Lunatic asylums Bombay report 1878-1890 - 1878-1890
Year: 1878
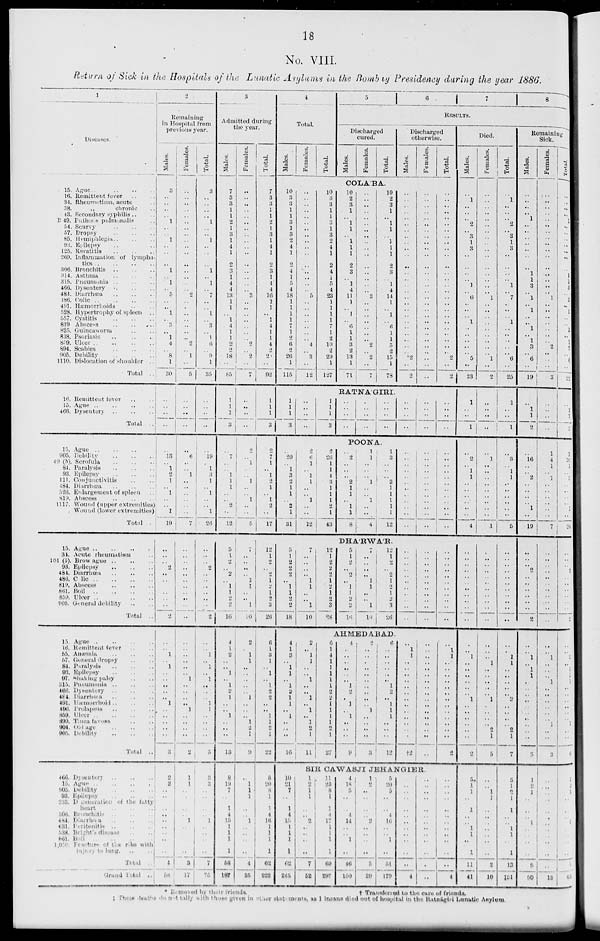
18
No. VIII.
Return of Sick in the Hospitals of the Lunatic Asylums in the Bombay Presidency during the year 1886.
1
Diseases
15. Ague .. .. .. ..
16. Remittent fever .. ..
34. Rheumatism, acute ..
38.
„
chronic ..
43. Secondary syphilis .. ..
B 49. Pnthisis pulmonalis ..
54. Scurvy .. .. ..
57. Dropsy
..
..
..
85. Hemiphlegia .. .. ..
93. Epilepsy .. .. ..
125. Keratitis
..
..
..
209. Inflammation of lympha-
tics .. .. .. ..
306. Bronchitis .. .. ..
314. Asthma
..
..
..
315. Pneumonia .. .. ..
466. Dysentery
..
..
..
484.
Diarrhœa .. .. ..
486. Colic
..
..
..
..
491. Hæmorrhoids .. ..
528. Hypertrophy of spleen ..
557. Cystitis .. .. ..
819 Abscess .. .. ..
825. Guineaworm .. ..
838. Psoriasis
859. Ulcer ..
..
..
..
894. Scabies
..
..
..
905. Debility
..
..
..
1110. Dislocation of shoulder ..
Total ..
16. Remittent fever .. ..
15. Ague .. .. .. ..
466. Dysentery
..
..
..
Total ..
15. Ague .. .. ..
905. Debility
..
..
..
49 (b). Scrofula
..
..
..
84. Paralysis
..
..
..
93. Epilepsy .. .. ..
111. Conjunctivitis .. ..
184. Diarrhœa
..
..
..
520. Enlargement of spleen ..
819. Abscess .. .. ..
1117. Wound (upper extremities)
Wound (lower extremities)
Total ..
15. Ague
..
..
..
..
34. Acute rheumatism ..
101 (b). Brow ague
..
..
..
93. Epilepsy
..
..
..
484.Diarrhœa
..
..
..
486. Colic .. .. .. ..
819. Abscess
..
..
..
861.
Boil
..
..
..
..
859. Ulcer .. .. .. ..
905. General debility .. ..
Total ..
15. Ague
..
..
..
..
16. Remittent fever .. ..
55. Anæmia .. .. ..
57. General dropsy .. ..
84. Paralysis .. .. ..
93. Epilepsy .. .. ..
97. Shaking palsy .. ..
315. Pneumonia .. .. ..
466. Dysentery .. .. ..
484. Diarrhœa .. .. ..
491. Hæmorrhoid .. .. ..
496. Prolapsis .. .. ..
859. Ulcer
..
..
..
890. Tinea favosa .. ..
904. Old age
..
..
..
905. Debility
..
..
..
Total ..
466. Dysentary .. .. ..
15. Ague
..
..
..
..
905. Debility
..
..
..
93. Epilepsy
..
..
..
233. Degeneration of the fatty
heart. .. .. ..
306. Bronchitis .. .. ..
484. Diarrhœa .. .. ..
631. Pertonitis .. .. ..
538. Bright's diseases .. ..
861. Boil .. .. ..
1,050. Fracture of the ribs with
injury to lung. .. ..
Total ..
Grand Total ..
2
Remaining
in Hospital from
previous year.
Males.
3
..
..
..
..
1
..
..
1
..
..
..
1
..
1
..
5
..
..
1
..
3
..
1
4
..
8
1
30
..
..
..
..
..
13
..
1
2
1
..
1
..
..
1
19
..
..
..
2
..
..
..
..
..
..
2
..
..
1
..
1
..
..
..
..
..
1
..
..
..
..
..
3
2
2
..
..
..
..
..
..
..
..
..
1
58
Females.
..
..
..
..
..
..
..
..
..
..
..
..
..
..
..
..
2
..
..
..
..
..
..
..
2
..
1
..
5
..
..
..
..
..
6
..
..
1
..
..
..
..
..
..
7
..
..
..
..
..
..
..
..
..
..
..
..
..
..
..
..
..
1
..
..
..
..
1
..
..
..
..
2
1
1
..
..
..
..
1
..
..
..
..
3
17
Total.
3
..
..
..
..
1
..
..
1
..
..
..
1
..
1
..
7
..
..
1
..
3
..
1
6
..
9
1
35
..
..
..
..
..
19
..
1
3
1
..
1
..
..
1
26
..
..
..
2
..
..
..
..
..
..
2
..
1
1
..
1
..
1
..
..
..
1
1
..
..
..
..
5
3
3
..
..
..
..
1
..
..
..
..
7
75
3
Admitted during
the year.
Males.
7
3
3
1
1
2
1
3
1
4
1
2
3
1
4
4
13
1
1
..
1
4
1
1
2
2
18
..
85
1
1
1
3
..
7
..
..
1
1
1
..
..
2
..
12
5
..
2
..
2
..
1
1
2
2
16
4
1
2
..
..
1
..
1
2
1
..
..
1
..
..
..
13
8
19
7
..
1
4
15
1
1
1
1
58
187
Females.
..
..
..
..
..
..
..
..
..
..
..
..
..
..
..
..
3
..
..
..
..
..
..
..
2
..
2
..
7
..
..
..
..
2
..
1
..
..
1
..
..
1
..
..
5
7
..
..
..
..
1
1
..
..
1
10
2
..
1
1
..
..
..
..
..
1
..
..
..
1
2
1
9
..
1
1
1
..
..
1
..
..
..
..
4
35
Total.
7
3
3
1
1
2
1
3
1
4
1
2
3
1
4
4
16
1
1
..
1
4
1
1
4
2
2
..
92
1
1
1
3
2
7
1
..
I
2
1
..
1
2
..
17
12
1
2
..
..
1
2
1
2
3
26
6
1
3
1
..
1
..
1
2
2
..
..
1
1
2
1
22
8
20
8
1
1
4
16
1
1
1
1
62
222
4
Total.
Males.
Females.
Total.
5
6
7
8
RESULTS.
Discharged
cured.
Males.
Females.
Total.
Discharged
otherwise.
Males.
Females.
Total.
COLA'BA.
10
3
3
1
1
3
1
3
2
4
1
2
4
1
5
4
18
1
1
1
1
7
1
2
6
2
26
1
115
..
..
..
..
..
..
..
..
..
..
..
..
..
..
..
..
5
..
..
..
..
..
..
..
4
..
3
..
12
10
3
3
1
1
3
1
3
2
4
1
2
4
1
5
4
23
1
1
1
1
7
1
2
10
2
29
1
127
10
2
3
1
..
1
1
..
1
1
1
2
3
..
1
4
11
1
..
1
..
6
1
1
3
2
13
1
71
..
..
..
..
..
..
..
..
..
..
..
..
..
..
..
..
3
..
..
..
..
..
..
..
2
..
2
..
7
10
2
3
1
..
1
1
..
1
1
1
2
3
..
1
4
14
1
..
1
..
6
1
1
5
2
15
1
78
..
..
..
..
..
..
..
..
..
..
..
..
..
..
..
..
..
..
..
..
..
..
..
..
..
..
2
..
2
..
..
..
..
..
..
..
..
..
..
..
..
..
..
..
..
..
..
..
..
..
..
..
..
..
..
..
..
..
..
..
..
..
..
..
..
..
..
..
..
..
..
..
..
..
..
..
..
..
..
..
..
..
..
..
2
..
2
RATNA'GIRI.
1
1
1
3
..
..
..
..
1
1
1
3
..
..
..
..
..
..
..
..
..
..
..
..
..
..
..
..
..
..
..
..
..
..
..
..
POONA.
..
20
..
1
3
2
1
1
..
2
1
31
2
6
1
..
1
1
..
..
1
..
..
12
2
26
1
1
4
3
1
1
1
2
1
43
..
2
..
..
..
2
1
1
..
1
1
8
1
1
..
..
..
1
..
..
..1
..
..
4
1
3
..
..
..
3
1
1
1
1
1
12
..
..
..
..
..
..
..
..
..
..
..
..
..
..
..
..
..
..
..
..
..
..
..
..
..
..
..
..
..
..
..
..
..
..
..
..
DHA'RWA'R.
5
1
2
2
2
..
1
1
2
2
18
7
..
..
..
..
1
1
..
..
1
10
12
1
2
2
2
1
2
1
2
3
28
5
1
2
..
2
..
1
1
2
2
16
7
..
..
..
..
1
1
..
..
1
10
12
1
2
..
2
1
2
1
2
3
26
..
..
..
..
..
..
..
..
..
..
..
..
..
..
..
..
..
..
..
..
..
..
..
..
..
..
..
..
..
..
..
..
..
AHMEDABAD.
4
1
3
..
1
1
..
1
2
1
1
..
1
..
..
..
16
2
..
1
1
..
..
1
..
..
1
..
1
..
1
2
1
11
6
1
4
1
1
1
1
1
2
2
1
1
1
1
2
1
27
4
..
..
..
..
..
..
1
2
..
1
..
1
..
..
..
9
2
..
..
..
..
..
..
..
..
..
..
1
..
..
..
..
3
6
..
..
..
..
..
..
1
2
..
1
1
1
..
..
..
12
..
1
1
..
..
..
..
..
..
..
..
..
..
..
..
..
†2
..
..
..
..
..
..
..
..
..
..
..
..
..
..
..
..
..
..
1
1
..
..
..
..
..
..
..
..
..
..
..
..
..
2
SIR CAWASJI JEHANGIER.
10
21
7
..
1
4
15
1
1
1
1
62
245
1
2
1
1
..
..
2
..
..
..
..
7
52
11
23
8
1
1
4
17
1
1
1
1
69
297
4
18
5
..
..
4
14
..
..
1
..
46
150
1
2
..
..
..
..
2
..
..
..
..
5
29
5
20
5
..
..
4
16
..
..
1
..
51
179
..
..
..
..
..
..
..
..
..
..
..
..
4
..
..
..
..
..
..
..
..
..
..
..
..
..
..
..
..
..
..
..
..
..
..
..
..
..
4
Died.
Males.
..
1
..
..
..
2
..
3
1
3
..
..
..
..
1
..
6
..
..
..
1
..
..
..
..
..
5
..
23
1
..
..
1
..
2
..
1
1
..
..
..
..
..
..
4
..
..
..
..
..
..
..
..
..
..
..
..
..
1
..
..
..
..
..
..
1
..
..
..
..
..
..
2
5
1
1
..
1
..
..
1
1
..
1
11
41
Females.
..
..
..
..
..
..
..
..
..
..
..
..
..
..
..
..
1
..
..
..
..
..
..
..
..
..
1
..
..
..
..
..
..
..
1
..
..
..
..
..
..
..
..
..
1
..
..
..
..
..
..
..
..
..
..
..
..
..
..
1
..
..
..
..
..
1
..
..
..
..
2
1
5
..
..
1
1
..
..
..
..
..
..
..
2
10
Total.
..
1
..
..
..
2
..
3
1
3
..
..
..
..
1
..
7
..
..
..
1
..
..
..
..
..
6
..
25
1
..
..
1
..
3
..
1
1
..
..
..
..
..
..
5
..
..
..
..
..
..
..
..
..
..
..
..
..
1
1
..
..
..
..
..
2
..
..
..
..
2
1
7
5
1
2
1
1
..
..
1
1
..
1
13
‡51
Remaining
Sick.
Males.
..
..
..
..
1
..
..
..
..
..
..
..
1
1
3
..
1
..
1
..
..
1
..
1
3
..
6
..
19
..
1
1
2
..
16
..
..
2
..
..
..
..
1
..
19
..
..
..
2
..
..
..
..
..
..
2
..
..
1
..
1
1
..
..
..
..
..
..
..
..
..
..
3
1
2
1
..
..
..
1
..
..
..
..
5
50
Females.
1
..
..
..
..
..
..
..
..
..
..
..
..
..
..
..
1
..
..
..
..
..
..
..
2
..
..
..
3
..
..
..
..
1
4
1
..
1
..
..
..
..
..
..
7
..
..
..
..
..
..
..
..
..
..
..
..
..
1
..
..
..
1
..
..
..
..
..
..
1
..
..
3
..
..
..
..
..
..
..
..
..
..
..
..
13
Total.
..
..
..
..
1
..
..
..
..
..
..
..
1
1
3
..
2
..
1
..
..
1
..
1
5
..
6
..
22
..
1
1
..
1
4
1
..
..
..
..
..
..
1
..
26
..
..
..
2
..
..
..
..
..
..
2
..
..
2
..
1
1
1
..
..
..
..
..
..
1
..
..
6
..
..
1
..
..
..
1
..
..
..
..
..
63
*Removed by thier friends.
† Transferred to the care of friends.
‡ These deaths do not tally with those given in other statement, as 1 insane died out of hospital in the Ratnágiri Lunatic Asylum.